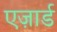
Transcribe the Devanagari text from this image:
एज़ार्ड